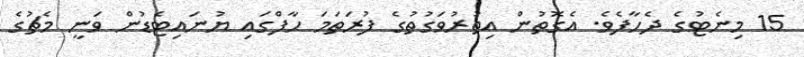
15 މިނެޓުގެ ދެހާފެވެ. އެގޮތުން އިތުރުވަގުތުގެ ފުރަތަމަ ހާފްގައި ޔުނައިޓެޑުން ވަނީ މެޗުގެ